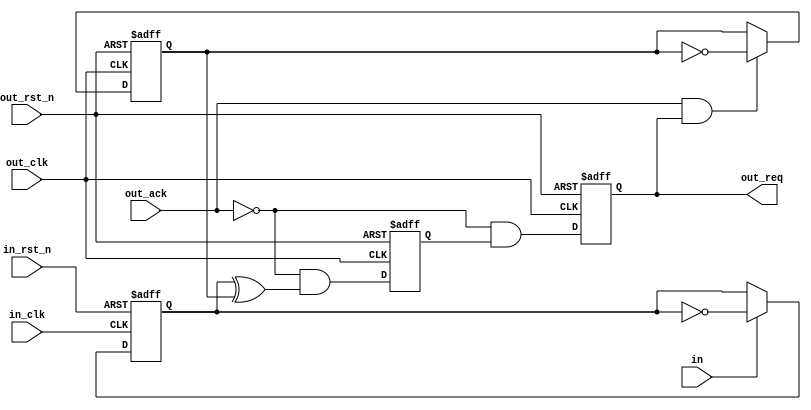
//////////////////////////////////////////////////////////////////////
////                                                              ////
////  Tubo 8051 cores common library Module                       ////
////                                                              ////
////  This file is part of the Turbo 8051 cores project           ////
////  http://www.opencores.org/cores/turbo8051/                   ////
////                                                              ////
////  Description                                                 ////
////  Turbo 8051 definitions.                                     ////
////                                                              ////
////  To Do:                                                      ////
////    nothing                                                   ////
////                                                              ////
////  Author(s):                                                  ////
////      - Dinesh Annayya, dinesha@opencores.org                 ////
////                                                              ////
//////////////////////////////////////////////////////////////////////
////                                                              ////
//// Copyright (C) 2000 Authors and OPENCORES.ORG                 ////
////                                                              ////
//// This source file may be used and distributed without         ////
//// restriction provided that this copyright statement is not    ////
//// removed from the file and that any derivative work contains  ////
//// the original copyright notice and the associated disclaimer. ////
////                                                              ////
//// This source file is free software; you can redistribute it   ////
//// and/or modify it under the terms of the GNU Lesser General   ////
//// Public License as published by the Free Software Foundation; ////
//// either version 2.1 of the License, or (at your option) any   ////
//// later version.                                               ////
////                                                              ////
//// This source is distributed in the hope that it will be       ////
//// useful, but WITHOUT ANY WARRANTY; without even the implied   ////
//// warranty of MERCHANTABILITY or FITNESS FOR A PARTICULAR      ////
//// PURPOSE.  See the GNU Lesser General Public License for more ////
//// details.                                                     ////
////                                                              ////
//// You should have received a copy of the GNU Lesser General    ////
//// Public License along with this source; if not, download it   ////
//// from http://www.opencores.org/lgpl.shtml                     ////
////                                                              ////
//////////////////////////////////////////////////////////////////////

module toggle_sync (in_clk,
		    in_rst_n,
		    out_clk,
		    out_rst_n,
		    in,
		    out_req,
		    out_ack);
		    
   output   out_req;
   input    in_clk, in_rst_n, out_clk, out_rst_n, in, out_ack;

   reg 	    in_flag, out_flag;

   always @ (posedge in_clk or negedge in_rst_n)
      if (~in_rst_n)
	 in_flag <= 1'b0;
      else
	 in_flag <= (in) ? ~in_flag : in_flag;

   always @ (posedge out_clk or negedge out_rst_n)
      if (~out_rst_n)
	 out_flag <= 1'b0;
      else
	 out_flag <= (out_ack & out_req) ? ~out_flag : out_flag;


   wire     raw_req_pend;

   assign raw_req_pend = in_flag ^ out_flag;

   reg 	    s1_out_req, s2_out_req;
   
   always @ (posedge out_clk or negedge out_rst_n)
      if (~out_rst_n) begin
	 s1_out_req <= 1'b0;
	 s2_out_req <= 1'b0;
      end // if (~out_rst_n)
      else begin
	 s1_out_req <= ~out_ack & raw_req_pend;
	 s2_out_req <= ~out_ack & s1_out_req;
      end // else: !if(~out_rst_n)

   wire out_req;

   assign out_req = s2_out_req;

endmodule // toggle_sync